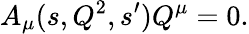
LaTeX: A_{\mu}(s,Q^{2},s^{\prime})Q^{\mu}=0.